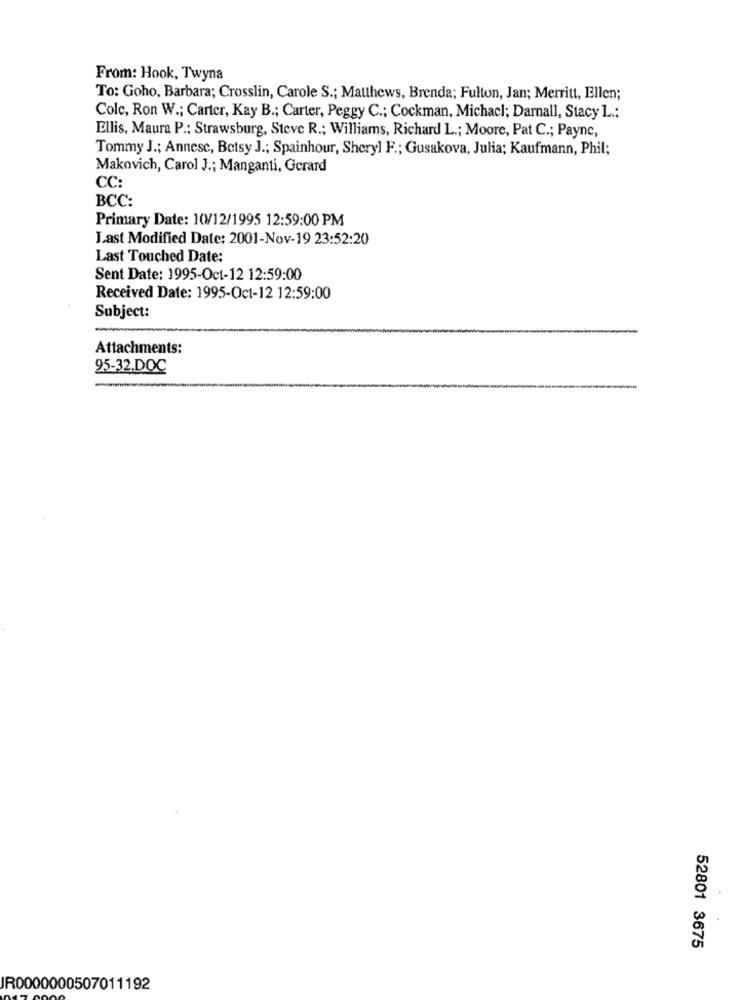
From: Hook, Twyna
To: Goho, Barbara; Crosslin, Carole S .; Matthews, Brenda; Fulton, Jan; Merritt, Ellen;
Colc, Ron W .; Carter, Kay B .; Carter, Peggy C .; Cockman, Michacl; Darnall, Stacy L .;
Ellis, Maura P .: Strawsburg, Steve R .; Williams, Richard L .; Moore, Pat C .; Payne,
Tommy J .; Annesc, Betsy J .; Spainhour, Sheryl F .; Gusakova, Julia; Kaufmann, Phil;
Makovich, Carol J .; Manganti, Gerard
CC:
BCC:
Primary Date: 10/12/1995 12:59:00 PM
Last Modified Date: 2001-Nov-19 23:52:20
Last Touched Date:
Sent Date: 1995-Oct-12 12:59:00
Received Date: 1995-Oct-12 12:59:00
Subject:
-
Attachments:
95-32.DOC
52801 3675
IR0000000507011192